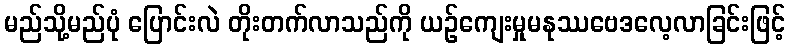
မည်သို့မည်ပုံ ပြောင်းလဲ တိုးတက်လာသည်ကို ယဉ်ကျေးမှုမနုဿဗေဒလေ့လာခြင်းဖြင့်